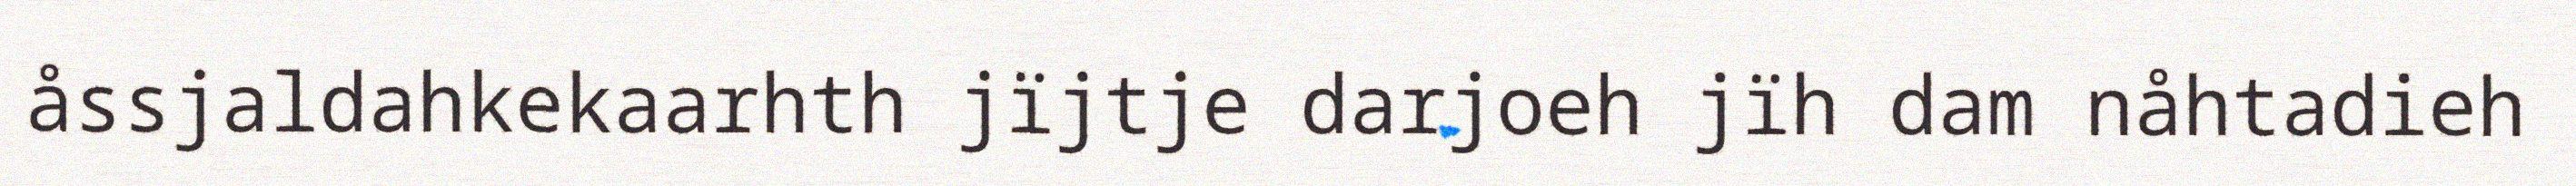
åssjaldahkekaarhth jïjtje darjoeh jïh dam nåhtadieh